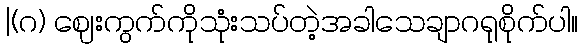
|(ဂ) ဈေးကွက်ကိုသုံးသပ်တဲ့အခါသေချာဂရုစိုက်ပါ။